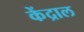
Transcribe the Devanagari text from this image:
केंद्राल